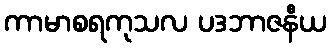
ကာမာစရကုသလ ပဒဘာဇနီယ